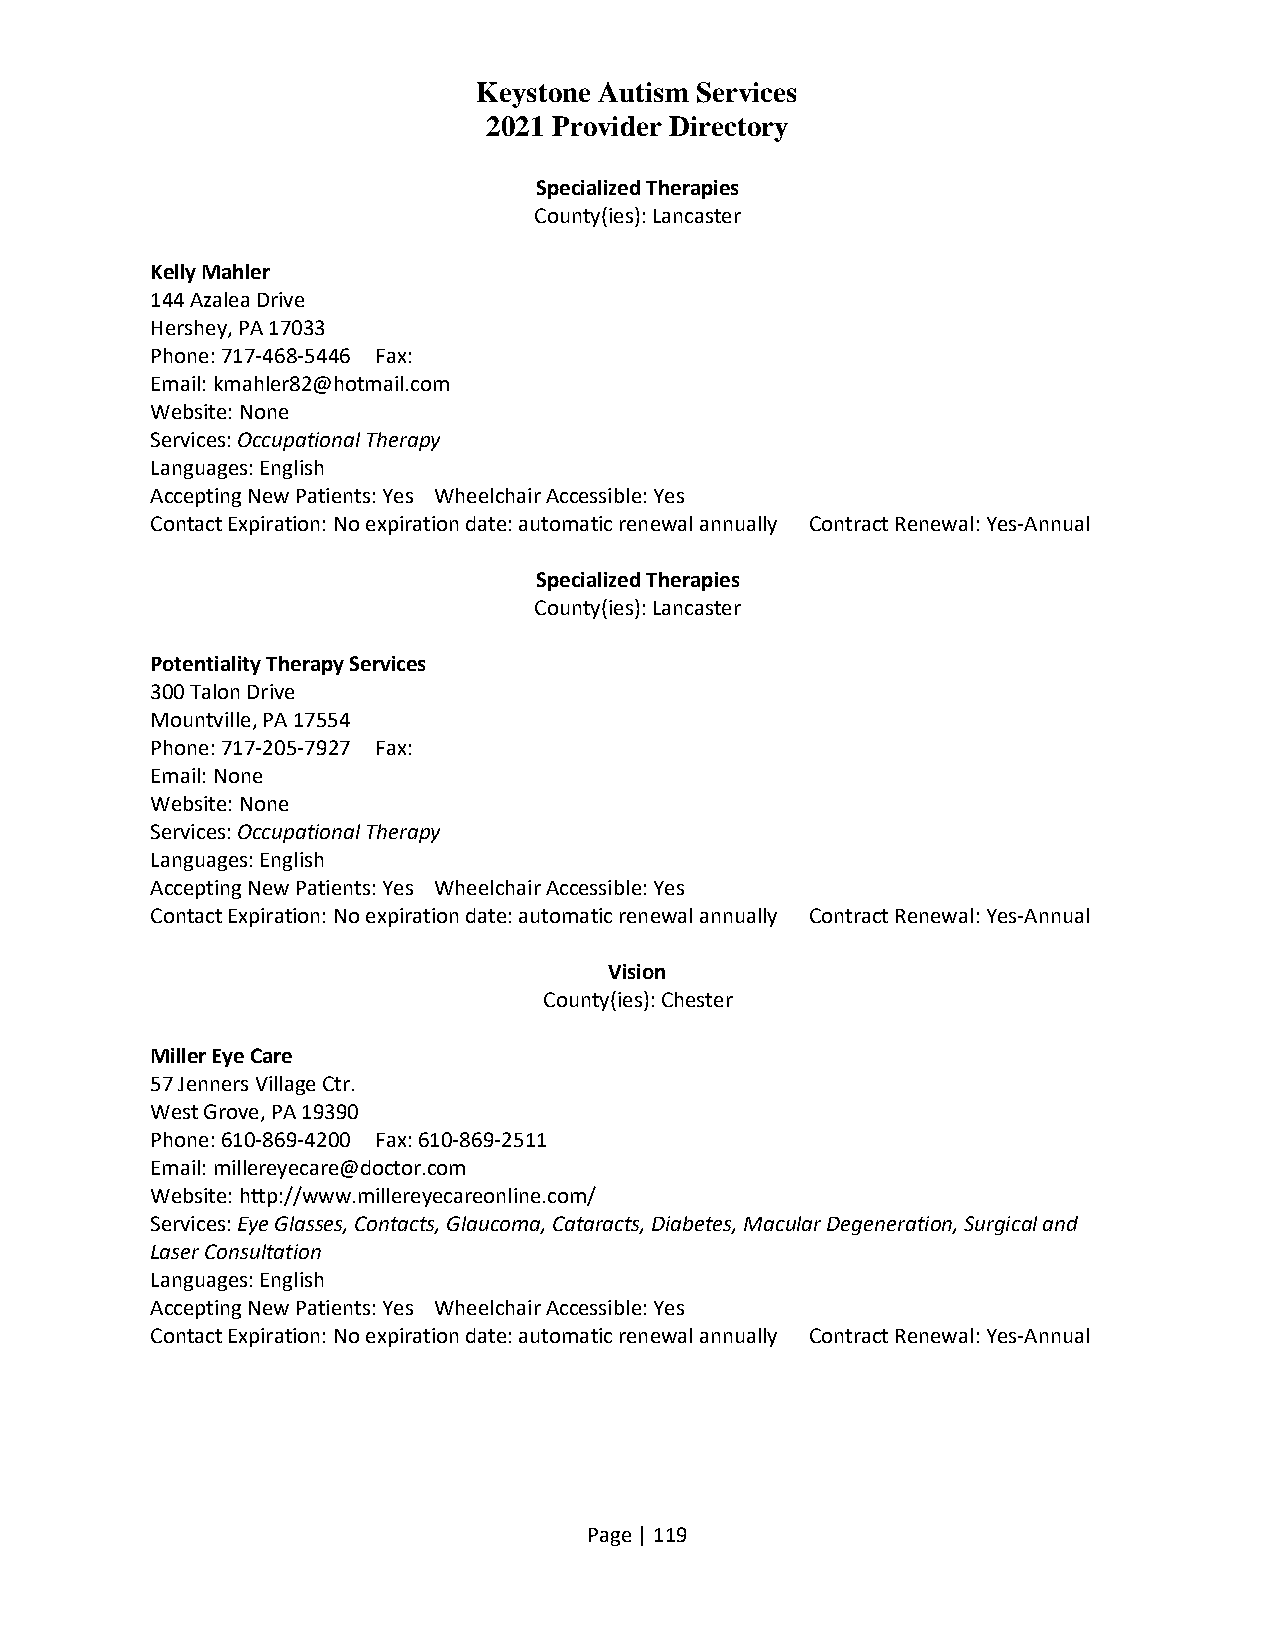
Keystone Autism Services
 2021 Provider Directory
 Specialized Therapies
 County(ies): Lancaster
 Kelly Mahler
 144 Azalea Drive
 Hershey, PA 17033
 Phone: 717-468-5446 Fax:
 Email: kmahler82@hotmail.com
 Website: None
 Services: Occupational Therapy
 Languages: English
 Accepting New Patients: Yes Wheelchair Accessible: Yes
 Contact Expiration: No expiration date: automatic renewal annually Contract Renewal: Yes-Annual
 Specialized Therapies
 County(ies): Lancaster
 Potentiality Therapy Services
 300 Talon Drive
 Mountville, PA 17554
 Phone: 717-205-7927 Fax:
 Email: None
 Website: None
 Services: Occupational Therapy
 Languages: English
 Accepting New Patients: Yes Wheelchair Accessible: Yes
 Contact Expiration: No expiration date: automatic renewal annually Contract Renewal: Yes-Annual
 Vision
 County(ies): Chester
 Miller Eye Care
 57 Jenners Village Ctr.
 West Grove, PA 19390
 Phone: 610-869-4200 Fax: 610-869-2511
 Email: millereyecare@doctor.com
 Website: http://www.millereyecareonline.com/
 Services: Eye Glasses, Contacts, Glaucoma, Cataracts, Diabetes, Macular Degeneration, Surgical and
 Laser Consultation
 Languages: English
 Accepting New Patients: Yes Wheelchair Accessible: Yes
 Contact Expiration: No expiration date: automatic renewal annually Contract Renewal: Yes-Annual
 Page | 119